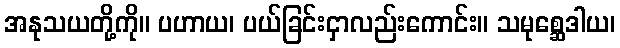
အနုသယတို့ကို။ ပဟာယ၊ ပယ်ခြင်းငှာလည်းကောင်း။ သမုစ္ဆေဒါယ၊